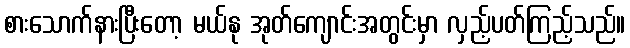
စားသောက်နားပြီးတော့ မယ်နု အုတ်ကျောင်းအတွင်းမှာ လှည့်ပတ်ကြည့်သည်။